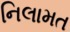
નિલામત